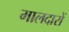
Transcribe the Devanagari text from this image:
मालदारों